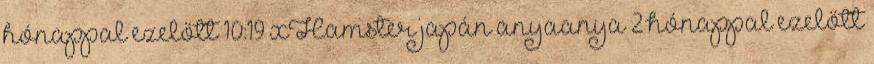
hónappal ezelőtt 10:19 xHamster japán anyaanya 2 hónappal ezelőtt